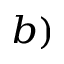
^ { b ) }